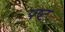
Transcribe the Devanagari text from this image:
पष्ट